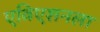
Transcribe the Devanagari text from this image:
एविएशनला